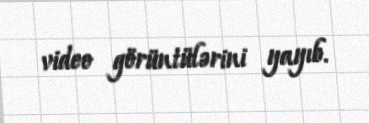
video görüntülərini yayıb.